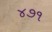
૪૭૧